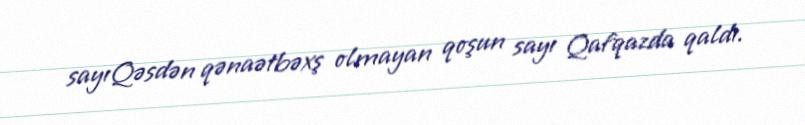
sayıQəsdən qənaətbəxş olmayan qoşun sayı Qafqazda qaldı.